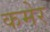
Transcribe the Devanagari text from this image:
कमेर